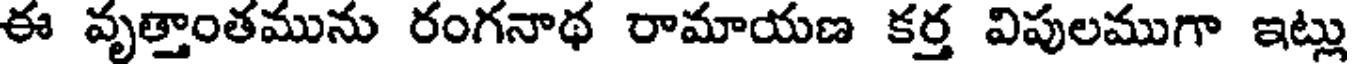
ఈ వృత్తాంతమును రంగనాథ రామాయణ కర్త విపులముగా ఇట్లు